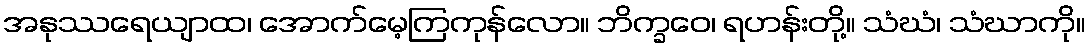
အနုဿရေယျာထ၊ အောက်မေ့ကြကုန်လော။ ဘိက္ခဝေ၊ ရဟန်းတို့။ သံဃံ၊ သံဃာကို။